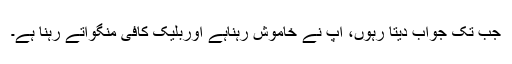
جب تک جواب دیتا رہوں، آپ نے خاموش رہناہے اوربلیک کافی منگواتے رہنا ہے۔